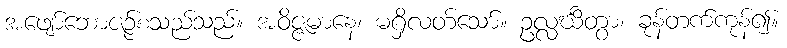
အဖျော်ဘောဇဉ်စသည်သည်။ အဝိဇ္ဇမာနေ၊ မရှိလတ်သော်။ ဥလ္လင်္ဃိတွာ၊ ခုန်တက်ကုန်၍။